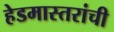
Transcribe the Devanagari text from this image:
हेडमास्तरांची